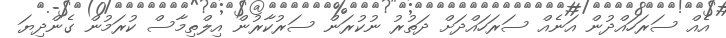
އެއް ސަރަހައްދުން އަނެއް ސަރަހައްދަށް ދަތުރު ނުކުރަން ސަރުކާރުން އިލްތިމާސް ކުރަމުން ގެންދިޔަ